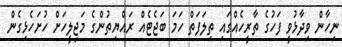
ނިހާން ވިދާޅުވީ ފަހުގެ ތާރީހެއްގައި ތިލަފަތް ހަމަ ބަޖެޓެއް ރައްޔިތުންގެ މަޖިލީހަށް ހުށަހެޅިގެން